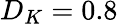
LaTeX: D_{K}=0.8